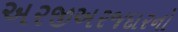
અરજીઅરજદારનો